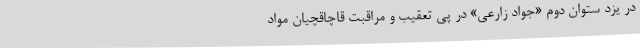
در یزد ستوان دوم «جواد زارعی» در پی تعقیب و مراقبت قاچاقچیان مواد